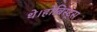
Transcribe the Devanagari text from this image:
थे।होबिस्ट्स